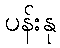
ပန်းနု